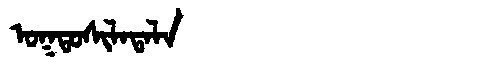
Manchu: ᠣᡴᡨᠣᠰᡳᠯᠠᡨᠠᠯᠠ
Romanization: OKTOSILATALA